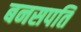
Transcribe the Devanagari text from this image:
बनसपति